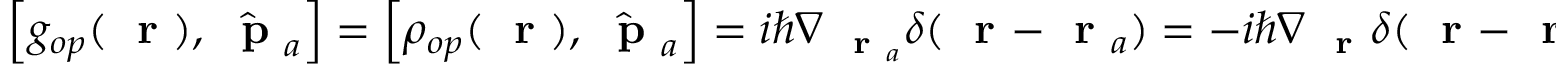
\left[ g _ { o p } ( \mathrm { ~ \bf ~ r ~ } ) , \hat { \mathrm { ~ \bf ~ p ~ } } _ { a } \right] = \left[ \rho _ { o p } ( \mathrm { ~ \bf ~ r ~ } ) , \hat { \mathrm { ~ \bf ~ p ~ } } _ { a } \right] = i \hbar \nabla _ { \mathrm { ~ \bf ~ r ~ } _ { a } } \delta ( \mathrm { ~ \bf ~ r ~ } - \mathrm { ~ \bf ~ r ~ } _ { a } ) = - i \hbar \nabla _ { \mathrm { ~ \bf ~ r ~ } } \delta ( \mathrm { ~ \bf ~ r ~ } - \mathrm { ~ \bf ~ r ~ } _ { a } )